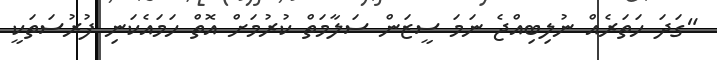
"ގަދަ ހަތަރެއް ނުލިބިއްޖެ ނަަމަ ސީޒަން ސަލާމަތް ކުރުމަށް އޮތް ހަމައެކަނި ފުރުސަތަކީ